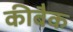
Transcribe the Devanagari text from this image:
कीबैक